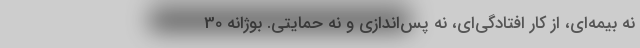
نه بيمه‌اي، از كار افتادگي‌اي، نه پس‌اندازي و نه حمايتي. بوژانه 30